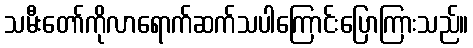
သမီးတော်ကိုလာရောက်ဆက်သပါကြောင်းပြောကြားသည်။